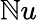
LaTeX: \mathbb{N}u